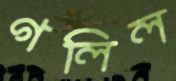
গলিল